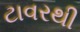
ટાવરથી